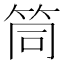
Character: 筒